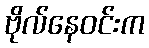
ဗိုလ်နေဝင်းက